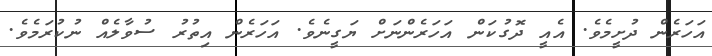
އަހަރެން ދުށީމެވެ. އެއީ ދޮގުކަން އަހަރެންނަށް ޔަގީނެވެ. އަހަރެން އިތުރު ސުވާލެއް ނުކުރަމެވެ.